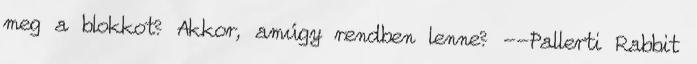
meg a blokkot? Akkor, amúgy rendben lenne? --Pallerti Rabbit